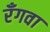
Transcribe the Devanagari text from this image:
रँगवा